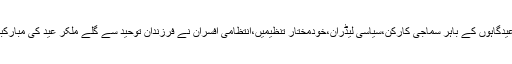
اس دوران عیدگاہوں کے باہر سماجی کارکن،سیاسی لیڈران،خودمختار تنظیمیں،انتظامی افسران نے فرزندان توحید سے گلے ملکر عید کی مبارکباد پیش کی۔